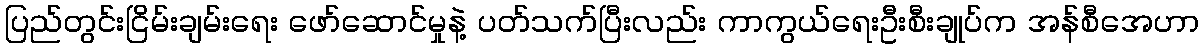
ပြည်တွင်းငြိမ်းချမ်းရေး ဖော်ဆောင်မှုနဲ့ ပတ်သက်ပြီးလည်း ကာကွယ်ရေးဦးစီးချုပ်က အန်စီအေဟာ